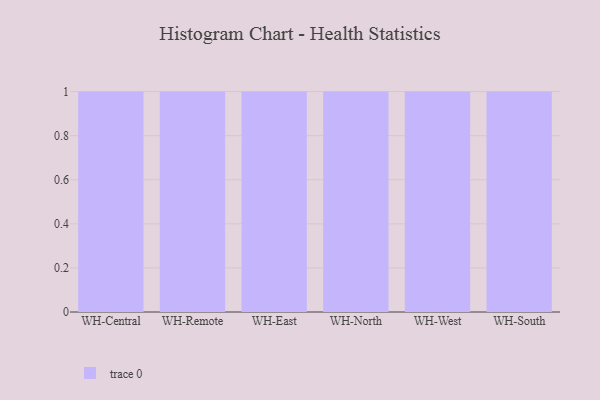
{"axis": {"x": "Warehouse", "y": "Website Visitors"}, "legend": [""], "data": [{"x": "WH-Central", "y": 27, "type": ""}, {"x": "WH-Remote", "y": 25, "type": ""}, {"x": "WH-East", "y": 71, "type": ""}, {"x": "WH-North", "y": 46, "type": ""}, {"x": "WH-West", "y": 74, "type": ""}, {"x": "WH-South", "y": 71, "type": ""}]}